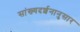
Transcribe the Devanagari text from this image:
सांख्यदर्शनानुसार